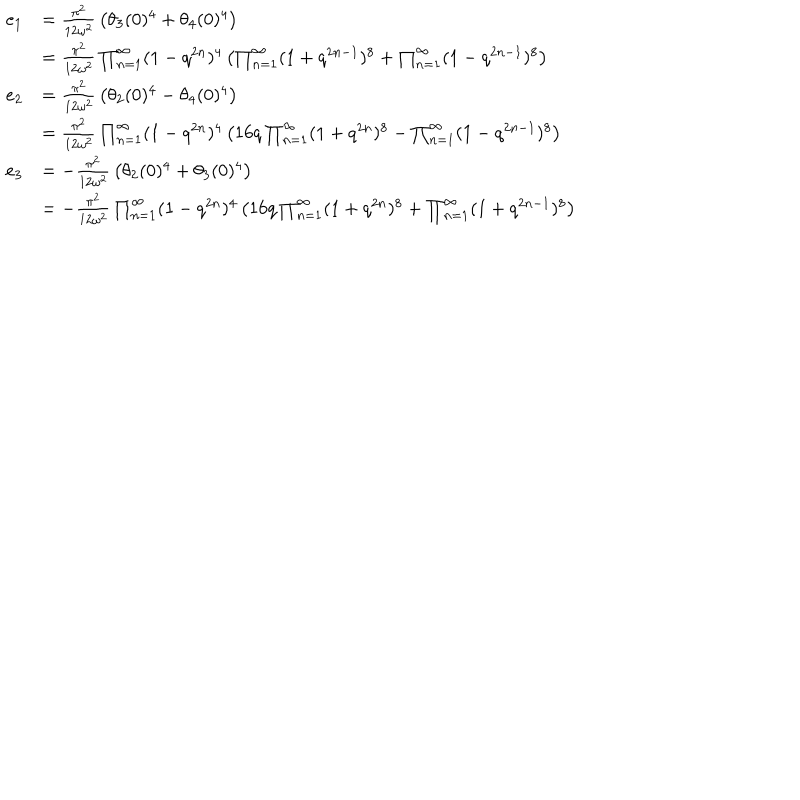
\begin{array} { r l } { { e _ { 1 } } } & { { = { \frac { \pi ^ { 2 } } { 1 2 \omega ^ { 2 } } } \left( \theta _ { 3 } ( 0 ) ^ { 4 } + \theta _ { 4 } ( 0 ) ^ { 4 } \right) } } \\ { { } } & { { = { \frac { \pi ^ { 2 } } { 1 2 \omega ^ { 2 } } } \prod _ { n = 1 } ^ { \infty } ( 1 - q ^ { 2 n } ) ^ { 4 } \left( \prod _ { n = 1 } ^ { \infty } ( 1 + q ^ { 2 n - 1 } ) ^ { 8 } + \prod _ { n = 1 } ^ { \infty } ( 1 - q ^ { 2 n - 1 } ) ^ { 8 } \right) } } \\ { { e _ { 2 } } } & { { = { \frac { \pi ^ { 2 } } { 1 2 \omega ^ { 2 } } } \left( \theta _ { 2 } ( 0 ) ^ { 4 } - \theta _ { 4 } ( 0 ) ^ { 4 } \right) } } \\ { { } } & { { = { \frac { \pi ^ { 2 } } { 1 2 \omega ^ { 2 } } } \prod _ { n = 1 } ^ { \infty } ( 1 - q ^ { 2 n } ) ^ { 4 } \left( 1 6 q \prod _ { n = 1 } ^ { \infty } ( 1 + q ^ { 2 n } ) ^ { 8 } - \prod _ { n = 1 } ^ { \infty } ( 1 - q ^ { 2 n - 1 } ) ^ { 8 } \right) } } \\ { { e _ { 3 } } } & { { = - { \frac { \pi ^ { 2 } } { 1 2 \omega ^ { 2 } } } \left( \theta _ { 2 } ( 0 ) ^ { 4 } + \theta _ { 3 } ( 0 ) ^ { 4 } \right) } } \\ { { } } & { { = - { \frac { \pi ^ { 2 } } { 1 2 \omega ^ { 2 } } } \prod _ { n = 1 } ^ { \infty } ( 1 - q ^ { 2 n } ) ^ { 4 } \left( 1 6 q \prod _ { n = 1 } ^ { \infty } ( 1 + q ^ { 2 n } ) ^ { 8 } + \prod _ { n = 1 } ^ { \infty } ( 1 + q ^ { 2 n - 1 } ) ^ { 8 } \right) } } \\ \end{array}